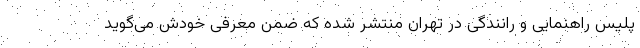
پلیس راهنمایی و رانندگی در تهران منتشر شده که ضمن معرفی خودش می‌گوید